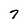
Character: 7